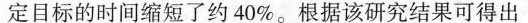
定目标的时间缩短了约40\%。根据该研究结果可得出